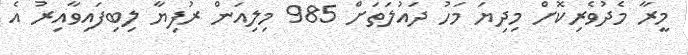
މީރާ މެދުވެރިކޮށް މިދިޔަ މަހު ދައުލަތަށް 985 މިލިއަން ރުފިޔާ ލިބިފައިވާއިރު އެ